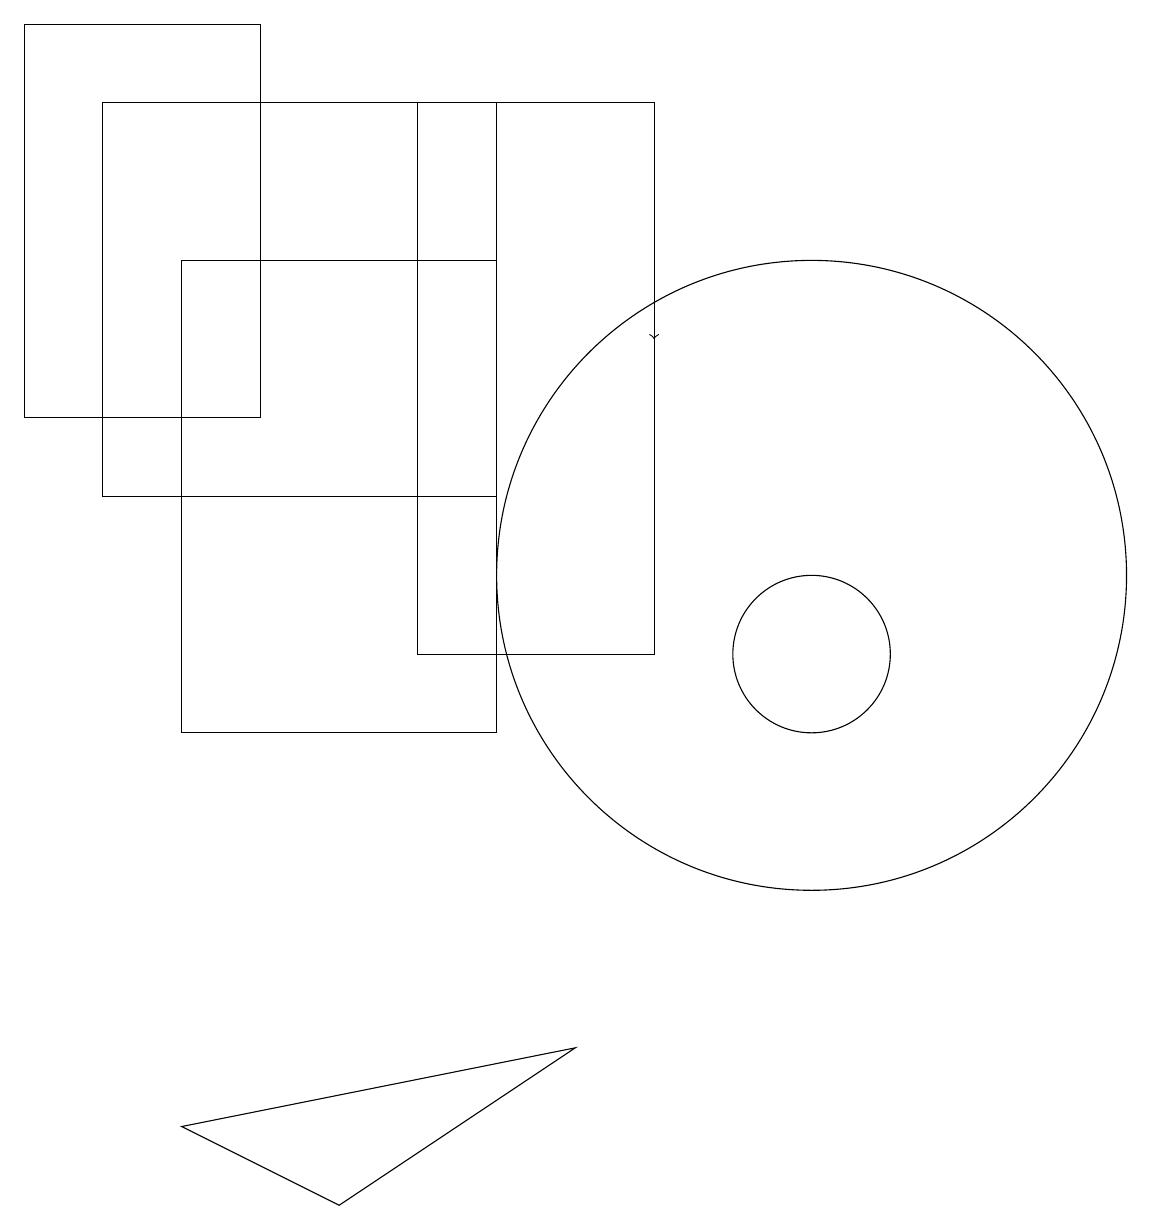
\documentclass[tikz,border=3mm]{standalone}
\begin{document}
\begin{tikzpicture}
\draw (5,11) rectangle (8,18);
\draw (2,16) rectangle (6,10);
\draw[->] (8,18) -- (8,15);
\draw (3,14) rectangle (0,19);
\draw (7,6) -- (4,4) -- (2,5) -- cycle;
\draw (10,12) circle (4);
\draw (1,18) rectangle (6,13);
\draw (10,11) circle (1);
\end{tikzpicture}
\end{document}